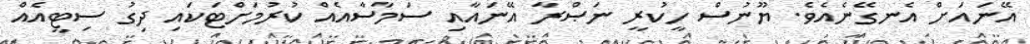
އޭނައަށް އެނގޭނެއެވެ. ޔޫނުސް ހީކުރީ ނަޞްރާ އޭނައާއި ސަމާސާއެއް ކުރުމަށްޓަކައި ދިގު ސިޓީއެއް